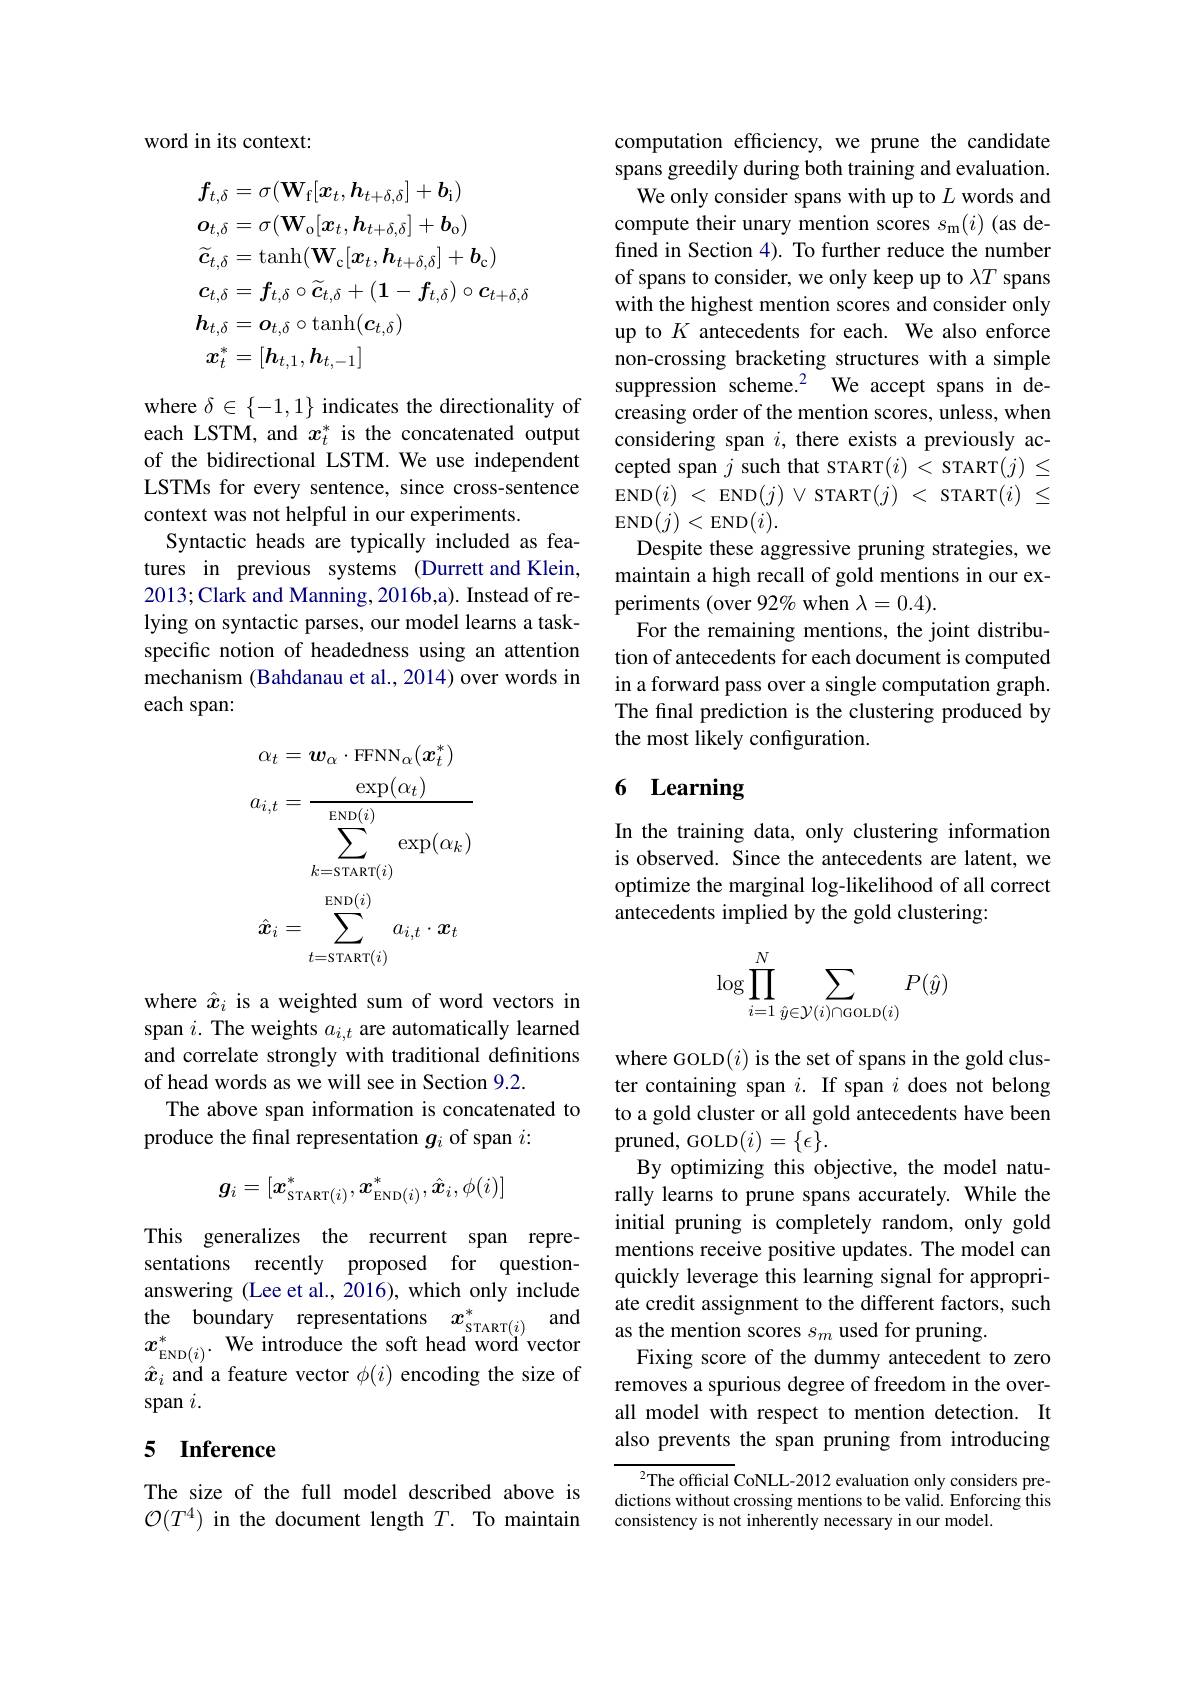
word in its context:
$$\begin{aligned}&\boldsymbol{f}_{t,\delta}=\sigma(\mathbf{W}_{\mathrm{f}}[\boldsymbol{x}_{t},\boldsymbol{h}_{t+\delta,\delta}]+\boldsymbol{b}_{\mathrm{i}})\\&\boldsymbol{o}_{t,\delta}=\sigma(\mathbf{W}_{\mathrm{o}}[\boldsymbol{x}_{t},\boldsymbol{h}_{t+\delta,\delta}]+\boldsymbol{b}_{\mathrm{o}})\\&\widetilde{\boldsymbol{c}}_{t,\delta}=\mathrm{tanh}(\mathbf{W}_{\mathrm{c}}[\boldsymbol{x}_{t},\boldsymbol{h}_{t+\delta,\delta}]+\boldsymbol{b}_{\mathrm{c}})\\&\boldsymbol{c}_{t,\delta}=\boldsymbol{f}_{t,\delta}\circ\widetilde{\boldsymbol{c}}_{t,\delta}+(\boldsymbol{1}-\boldsymbol{f}_{t,\delta})\circ\boldsymbol{c}_{t+\delta,\delta}\\&\boldsymbol{h}_{t,\delta}=\boldsymbol{o}_{t,\delta}\circ\mathrm{tanh}(\boldsymbol{c}_{t,\delta})\\&\boldsymbol{x}_{t}^{*}=[\boldsymbol{h}_{t,1},\boldsymbol{h}_{t,-1}]\end{aligned}$$
where $\delta\in\{-1,1\}$ indicates the directionality of each LSTM, and $x_t^*$ is the concatenated output of the bidirectional LSTM.We use independent LSTMs for every sentence, since cross-sentence context was not helpful in our experiments.
Syntactic heads are typically included as features in previous systems (Durrett and Klein, 2013; Clark and Manning, 2016b,a). Instead of relying on syntactic parses, our model learns a taskspecific notion of headedness using an attention mechanism (Bahdanau et al., 2014) over words in each span:
$$\begin{aligned}&\alpha_{t}=\boldsymbol{w}_{\alpha}\cdot\mathrm{FNN}_{\alpha}(\boldsymbol{x}_{t}^{*})\\&a_{i,t}=\frac{\exp(\alpha_{t})}{\sum_{k=\mathrm{START}(i)}^{\mathrm{END}(i)}\exp(\alpha_{k})}\\&\hat{\boldsymbol{x}}_{i}=\sum_{t=\mathrm{START}(i)}^{\mathrm{END}(i)}a_{i,t}\cdot\boldsymbol{x}_{t}\end{aligned}$$
where $\hat{x}_i$ is a weighted sum of word vectors in span $i.$ The weights $a_i,t$ are automatically learned and correlate strongly with traditional definitions of head words as we will see in Section 9.2.
The above span information is concatenated to
produce the final representation $g_i$ of span $i:$
$$g_i=[x_{\mathrm{START}(i)}^*,x_{\mathrm{END}(i)}^*,\hat{\boldsymbol{x}}_i,\phi(i)]$$
This generalizes the recurrent span representations recently proposed for questionanswering (Lee et al., 2016), which only include $\hat{x}_i$ and a feature vector $\phi(i)$ encoding the size of span $i.$

# 5 Inference

The size of the full model described above is $\mathcal{O}(T^4)$ in the document length $T.$ To maintain

computation efficiency, we prune the candidate spans greedily during both training and evaluation.
We only consider spans with up to $L$ words and compute their unary mention scores $s_\mathrm{m}(i)$ (as defined in Section 4). To further reduce the number of spans to consider, we only keep up to $\lambda T$ spans with the highest mention scores and consider only up to $K$ antecedents for each. We also enforce non-crossing bracketing structures with a simple suppression scheme.$^2$ We accept spans in decreasing order of the mention scores, unless, when considering span $i$, there exists a previously accepted span $j$ such that START$(i)<$ START$(j)\leq$ $\operatorname { END} ( i)$ $< \operatorname { END} ( j)$ $\vee \operatorname { START} ( j)$ $< \operatorname { START} ( i)$ $\leq$ $\operatorname{END}(j)<\operatorname{END}(i).$
Despite these aggressive pruning strategies, we maintain a high recall of gold mentions in our experiments (over 92% when $\lambda=0.4).$
For the remaining mentions, the joint distribution of antecedents for each document is computed in a forward pass over a single computation graph. The final prediction is the clustering produced by the most likely configuration.

# 6 Learning

In the training data, only clustering information is observed. Since the antecedents are latent, we optimize the marginal log-likelihood of all correct antecedents implied by the gold clustering:
$$\log\prod\limits_{i=1}^N\sum\limits_{\hat{y}\in\mathcal{Y}(i)\cap\mathrm{GoLD}(i)}P(\hat{y})$$
where GOLD$(i)$ is the set of spans in the gold cluster containing span $i.$ If span $i$ does not belong to a gold cluster or all gold antecedents have been pruned, GOLD$(i)=\{\epsilon\}.$
By optimizing this objective, the model naturally learns to prune spans accurately. While the initial pruning is completely random, only gold mentions receive positive updates. The model can quickly leverage this learning signal for appropriate credit assignment to the different factors, such
the boundary representations $x_{\mathrm{START}( i) }^{* }$ and as the mention scores $s_{m}$ used for pruning. $x_{\mathrm{END}( i) }^{* }\cdot$We introduce the soft head word vector Fixing score of the dummy antecedent
Fixing score of the dummy antecedent to zero removes a spurious degree of freedom in the overall model with respect to mention detection. It also prevents the span pruning from introducing

$^{2}$The official CoNLL-2012 evaluation only considers predictions without crossing mentions to be valid. Enforcing this consistency is not inherently necessary in our model.